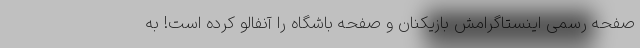
صفحه رسمی اینستاگرامش بازیکنان و صفحه باشگاه را آنفالو کرده است! به